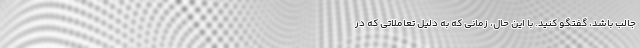
جالب باشد، گفتگو کنید. با این حال، زمانی که به دلیل تعاملاتی که در